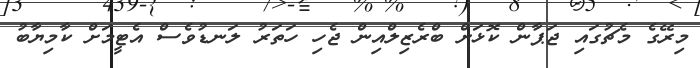
މިރޭގެ މެޗުގައި ޖަޕާން ކޮޅަށް ބްރެޒިލްއިން ޖެހި ހަތަރު ލަނޑުވެސް އެޓީމަށް ކާމިޔާބު